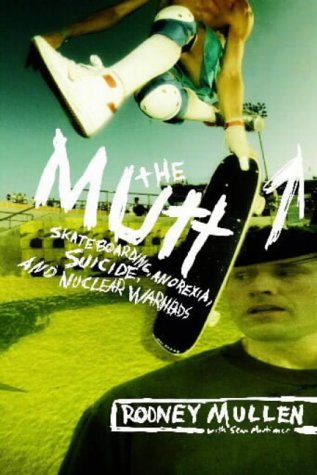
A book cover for The Mutt: How to Skateboard and Not Kill Yourself; Rodney Mullen; Sports & Outdoors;